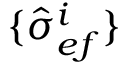
\{ \hat { \sigma } _ { e f } ^ { i } \}